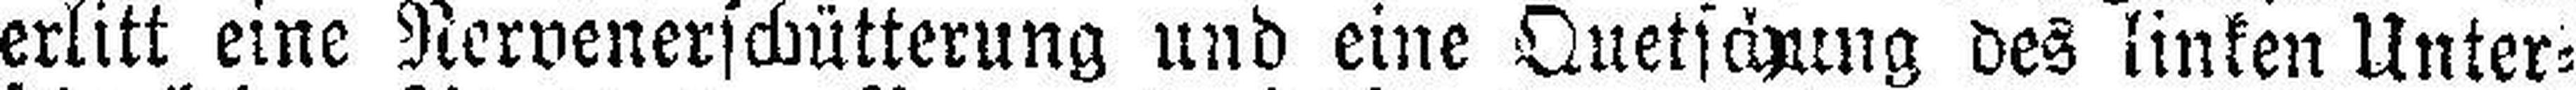
erlitt eine Nervenerschütterung und eine Quetschung des linken Unter¬